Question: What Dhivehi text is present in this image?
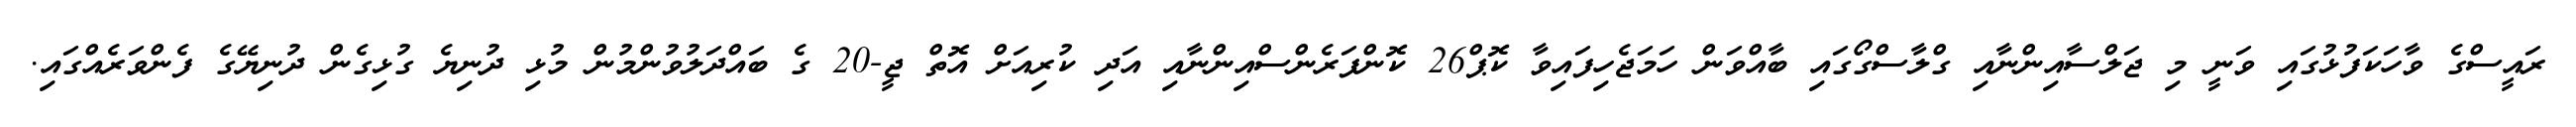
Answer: ރައީސްގެ ވާހަކަފުޅުގައި ވަނީ މި ޖަލްސާއިންނާއި ގްލާސްގޯގައި ބާއްވަން ހަމަޖެހިފައިވާ ކޮޕް26 ކޮންފަރެންސްއިންނާއި އަދި ކުރިއަށް އޮތް ޖީ-20 ގެ ބައްދަލުވުންމުން މުޅި ދުނިޔެ ގުޅިގެން ދުނިޔޭގެ ފެންވަރެއްގައި.